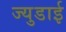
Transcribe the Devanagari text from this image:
ज्युडाई